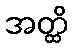
အတ္ထိ